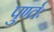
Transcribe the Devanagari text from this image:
पुर्ण्तः